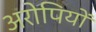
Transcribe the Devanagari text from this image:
अरोपियों